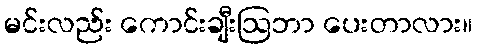
မင်းလည်း ကောင်းချီးဩဘာ ပေးတာလား။